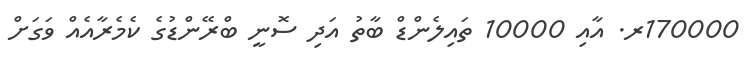
170000ރ. އާއި 10000 ތައިލެންޑް ބާތު އަދި ސޮނީ ބްރޭންޑުގެ ކެމެރާއެއް ވަގަށް